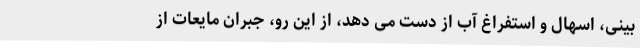
بینی، اسهال و استفراغ آب از دست می دهد، از این رو، جبران مایعات از